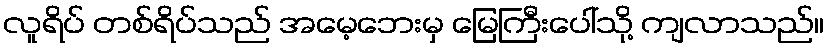
လူရိပ် တစ်ရိပ်သည် အမေ့ဘေးမှ မြေကြီးပေါ်သို့ ကျလာသည်။